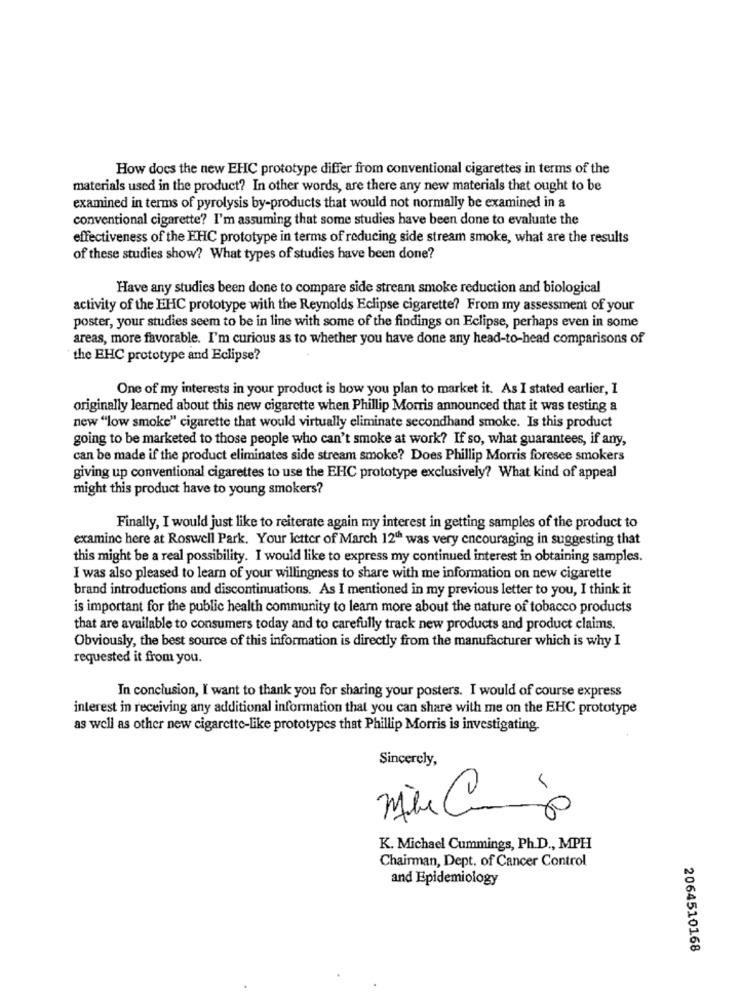
How does the new EHC prototype differ from conventional cigarettes in terms of the
materials used in the product? In other words, are there any new materials that ought to be
examined in terms of pyrolysis by-products that would not normally be examined in a
conventional cigarette? I'm assuming that some studies have been done to evaluate the
effectiveness of the EHC prototype in terms of reducing side stream smoke, what are the results
of these studies show? What types of studies have been done?
Have any studies been done to compare side stream smoke reduction and biological
activity of the EHC prototype with the Reynolds Eclipse cigarette? From my assessment of your
poster, your studies seem to be in line with some of the findings on Eclipse, perhaps even in some
areas, more favorable. I'm curious as to whether you have done any head-to-head comparisons of
the EHC prototype and Eclipse?
One of my interests in your product is how you plan to market it. As I stated earlier, I
originally learned about this new cigarette when Phillip Morris announced that it was testing a
new "low smoke" cigarette that would virtually eliminate secondhand smoke. Is this product
going to be marketed to those people who can't smoke at work? If so, what guarantees, if any,
can be made if the product eliminates side stream smoke? Does Phillip Morris foresee smokers
giving up conventional cigarettes to use the EHC prototype exclusively? What kind of appeal
might this product have to young smokers?
Finally, I would just like to reiterate again my interest in getting samples of the product to
examine here at Roswell Park. Your letter of March 12ª was very encouraging in suggesting that
this might be a real possibility. I would like to express my continued interest in obtaining samples.
I was also pleased to learn of your willingness to share with me information on new cigarette
brand introductions and discontinuations. As I mentioned in my previous letter to you, I think it
is important for the public health community to learn more about the nature of tobacco products
that are available to consumers today and to carefully track new products and product claims.
Obviously, the best source of this information is directly from the manufacturer which is why I
requested it from you.
In conclusion, I want to thank you for sharing your posters. I would of course express
interest in receiving any additional information that you can share with me on the EHC prototype
as well as other new cigarette-like prototypes that Phillip Morris is investigating.
Sincerely,
K. Michael Cummings, Ph.D ., MPH
Chairman, Dept. of Cancer Control
and Epidemiology
2064510168